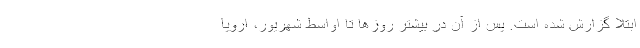
ابتلا گزارش شده است. پس از آن در بیشتر روزها تا اواسط شهریور، اروپا